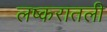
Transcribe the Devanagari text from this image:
लष्करातली